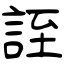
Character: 誈